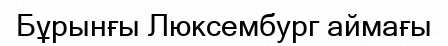
Бұрынғы Люксембург аймағы